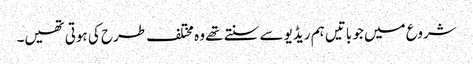
شروع میں جو باتیں ہم ریڈیو سے سنتے تھے وہ مختلف طرح کی ہوتی تھیں۔